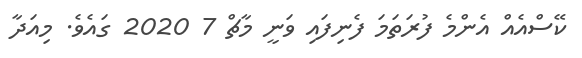
ކޭސްއެއް އެންމެ ފުރަތަމަ ފެނިފައި ވަނީ މާޗް 7 2020 ގައެވެ. މިއަދާ